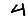
Digit: 4